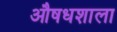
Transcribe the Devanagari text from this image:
औषधशाला